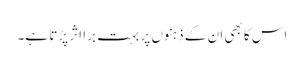
اس کا بھی ان کے ذہنوں پر بہت برا اثر پڑتا ہے۔